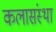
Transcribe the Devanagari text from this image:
कलासंस्था